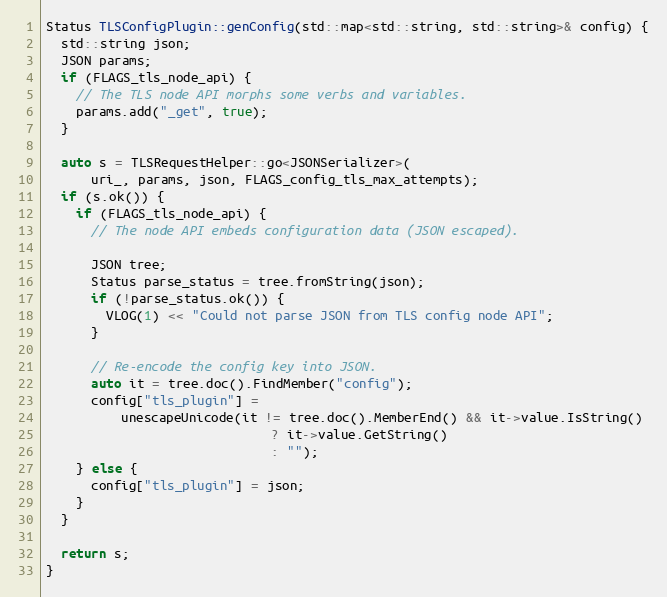
Language: C++
Status TLSConfigPlugin::genConfig(std::map<std::string, std::string>& config) {
  std::string json;
  JSON params;
  if (FLAGS_tls_node_api) {
    // The TLS node API morphs some verbs and variables.
    params.add("_get", true);
  }

  auto s = TLSRequestHelper::go<JSONSerializer>(
      uri_, params, json, FLAGS_config_tls_max_attempts);
  if (s.ok()) {
    if (FLAGS_tls_node_api) {
      // The node API embeds configuration data (JSON escaped).

      JSON tree;
      Status parse_status = tree.fromString(json);
      if (!parse_status.ok()) {
        VLOG(1) << "Could not parse JSON from TLS config node API";
      }

      // Re-encode the config key into JSON.
      auto it = tree.doc().FindMember("config");
      config["tls_plugin"] =
          unescapeUnicode(it != tree.doc().MemberEnd() && it->value.IsString()
                              ? it->value.GetString()
                              : "");
    } else {
      config["tls_plugin"] = json;
    }
  }

  return s;
}